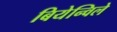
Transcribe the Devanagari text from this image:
बियेन्विले